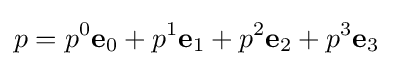
p=p^{0}\mathbf {e} _{0}+p^{1}\mathbf {e} _{1}+p^{2}\mathbf {e} _{2}+p^{3}\mathbf {e} _{3}